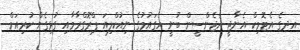
އދގެ އެޓޮމިކް އެނާޖީ އެޖެންސީން ބުނީ އެގައުމުގެ ނިއުކްލިއަ ޕްރޮގްރާމާއި ގުޅިގެން ކުރިއަށް